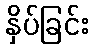
နှိပ်ခြင်း